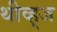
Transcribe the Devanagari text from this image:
थीव्ह्‌ज